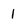
Character: 1